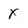
Character: X